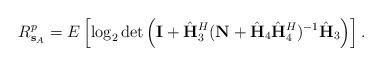
LaTeX: \begin{align*} R^p_{\mathbf{s}_{\scriptscriptstyle{A}}} = E \left[ \log_2 \det\left( \mathbf{I} + \hat{\mathbf{H}}^H_3 (\mathbf{N} + \hat{\mathbf{H}}_4 \hat{\mathbf{H}}^H_4 )^{-1} \hat{\mathbf{H}}_3 \right)\right].\end{align*}